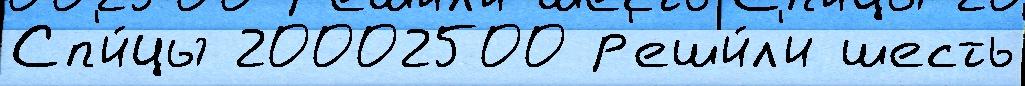
Сп'и́цы 20002500 р'еши́л'и шесть